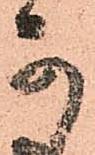
可